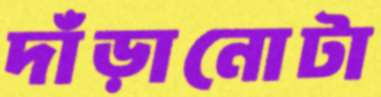
দাঁড়ানোটা